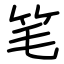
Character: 笔